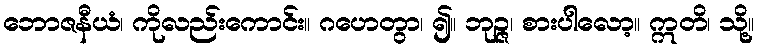
ဘောဇနီယံ၊ ကိုလည်းကောင်း။ ဂဟေတွာ၊ ၍။ ဘုဉ္ဇ၊ စားပါလော့။ ဣတိ၊ သို့။